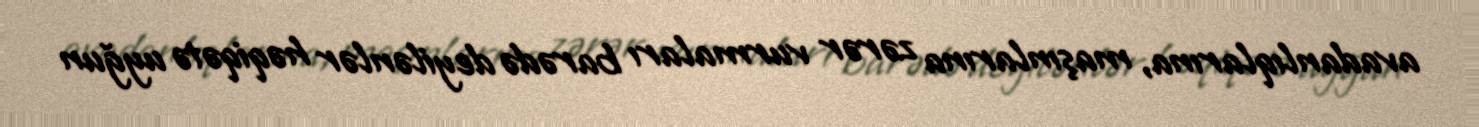
avadanlıqlarına, maşınlarına zərər vurmaları barədə deyilənlər həqiqətə uyğun